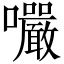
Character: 㘙